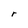
Character: r